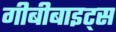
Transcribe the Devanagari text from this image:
गीबीबाइट्स